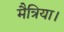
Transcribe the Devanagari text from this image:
मैत्रिया।